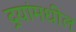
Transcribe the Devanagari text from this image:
दर्‍यांमधील